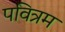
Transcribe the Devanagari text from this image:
पवित्रम